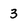
Character: 3